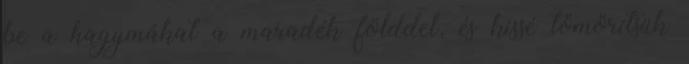
be a hagymákat a maradék földdel, és kissé tömörítsük